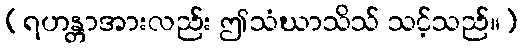
(ရဟန္တာအားလည်း ဤသံဃာသိသ် သင့်သည်။)